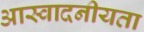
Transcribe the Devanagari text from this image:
आस्वादनीयता